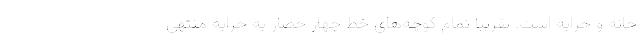
خانه و خرابه است. تقریبا تمام کوچه‌های خط چهار حصار به خرابه منتهی